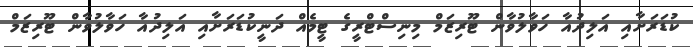
ކުޑަރަށާއި އަލިދުއާ ހަވާލުވާން ޓޫރިޒަމް މިނިސްޓްރީގެ ޓީމެއް ދަނީކުޑަރަށާއި އަލިދުއާ ހަވާލުވާން ޓޫރިޒަމް